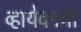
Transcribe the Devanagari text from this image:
व्हायेकानो